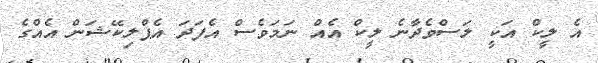
އެ ލީކް އަކީ ލަސްވެދާނެ ލީކް އެއް ނަމަވެސް އެފަދަ އެޕްލިކޭޝަން އެއްގެ